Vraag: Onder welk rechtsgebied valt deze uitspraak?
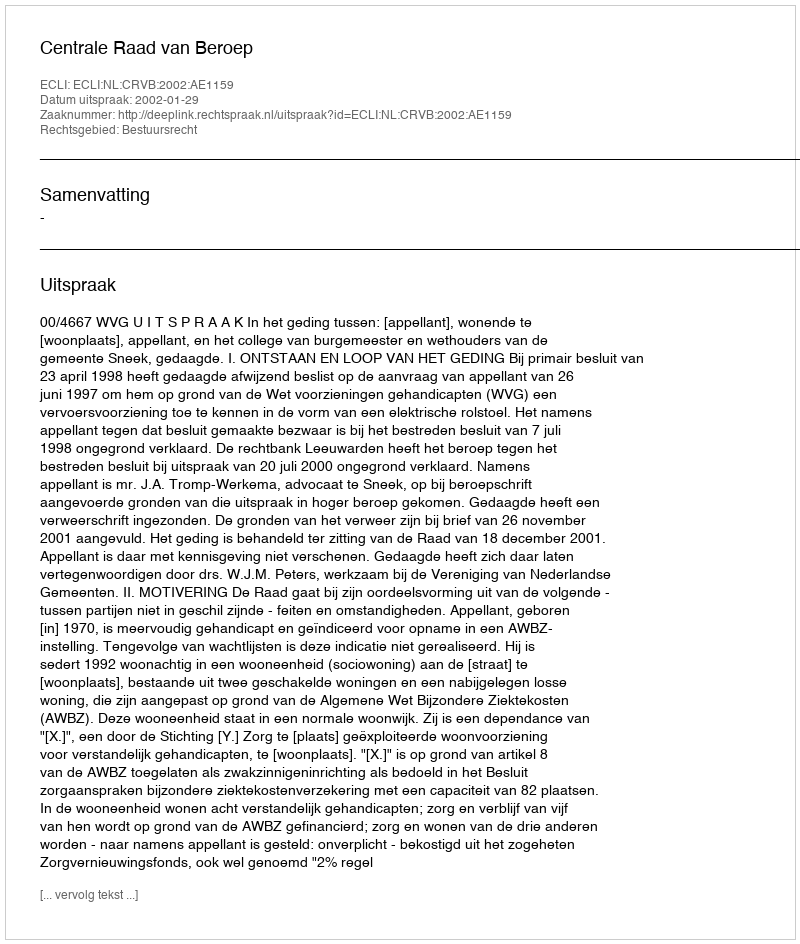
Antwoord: Bestuursrecht